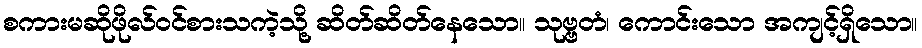
စကားမဆိုဖိုလ်ဝင်စားသကဲ့သို့ ဆိတ်ဆိတ်နေသော။ သုဗ္ဗတံ၊ ကောင်းသော အကျင့်ရှိသော။